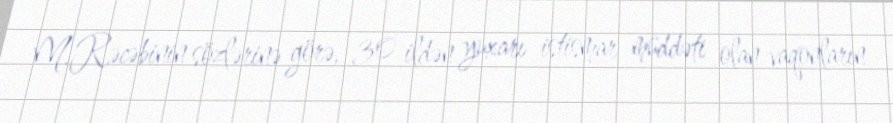
M.Rəcəbinin sözlərinə görə, 30 ildən yuxarı istismar müddəti olan vaqonların